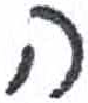
אות: ה